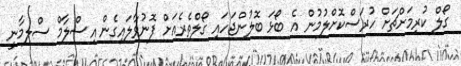
ގޯލް ކުރިމަށްޗަށް ހުރަސްކޮށްލުމުން އެ ބޯޅަ ބޮލުންޖަހައި ގޯލްތެރެއަށް ފޮނުވާލައިގެން އިސްލާމް ސްލިމާނީ